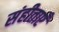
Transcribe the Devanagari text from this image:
संहीताएँ